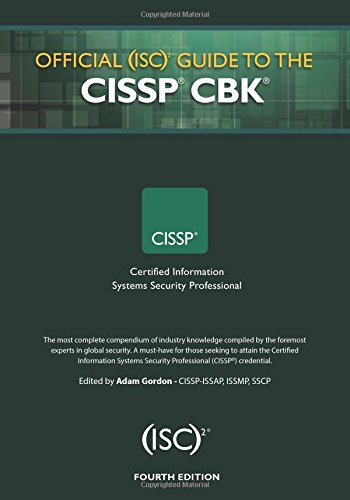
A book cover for Official (ISC)2 Guide to the CISSP CBK, Fourth Edition ((ISC)2 Press); Computers & Technology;